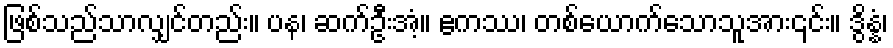
ဖြစ်သည်သာလျှင်တည်း။ ပန၊ ဆက်ဦးအံ့။ ဧကဿ၊ တစ်ယောက်သောသူအား၎င်း။ ဒွိန္နံ၊